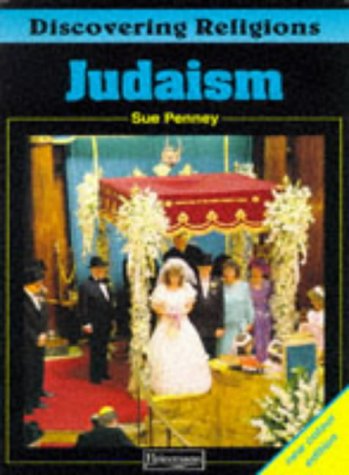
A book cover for Discovering Religions: Judaism Core Student Book; Sue Penney; Teen & Young Adult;